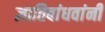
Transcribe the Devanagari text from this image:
ज्ञातिबांधवांनी